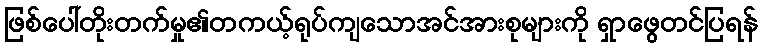
ဖြစ်ပေါ်တိုးတက်မှု၏တကယ့်ရုပ်ကျသောအင်အားစုများကို ရှာဖွေတင်ပြရန်